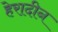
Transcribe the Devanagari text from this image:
हेरादीन